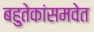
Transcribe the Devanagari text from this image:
बहुतेकांसमवेत